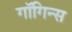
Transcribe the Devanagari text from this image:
गाॅगिन्स